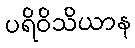
ပရိဝိသိယာန